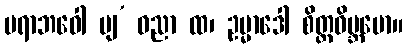
ပရာဘဝေါ ပျ’ ဝညာ ထ၊ ဥမ္မာဒေါ စိတ္တဝိဗ္ဘမော။